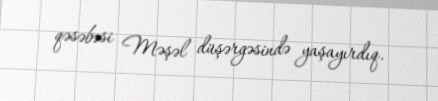
qəsəbəsi Məşəl düşərgəsində yaşayırdıq.